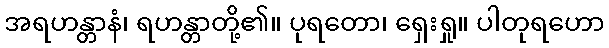
အရဟန္တာနံ၊ ရဟန္တာတို့၏။ ပုရတော၊ ရှေးရှု။ ပါတုရဟော